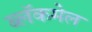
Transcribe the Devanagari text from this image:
ब्लॅकमेल